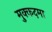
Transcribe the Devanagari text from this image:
मुक्कदमा